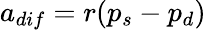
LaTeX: a_{dif}=r(p_{s}-p_{d})